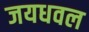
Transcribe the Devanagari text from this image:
जयधवल